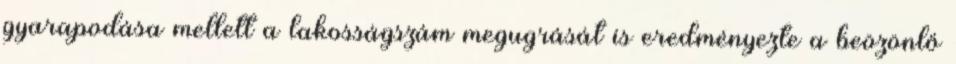
gyarapodása mellett a lakosságszám megugrását is eredményezte a beözönlő